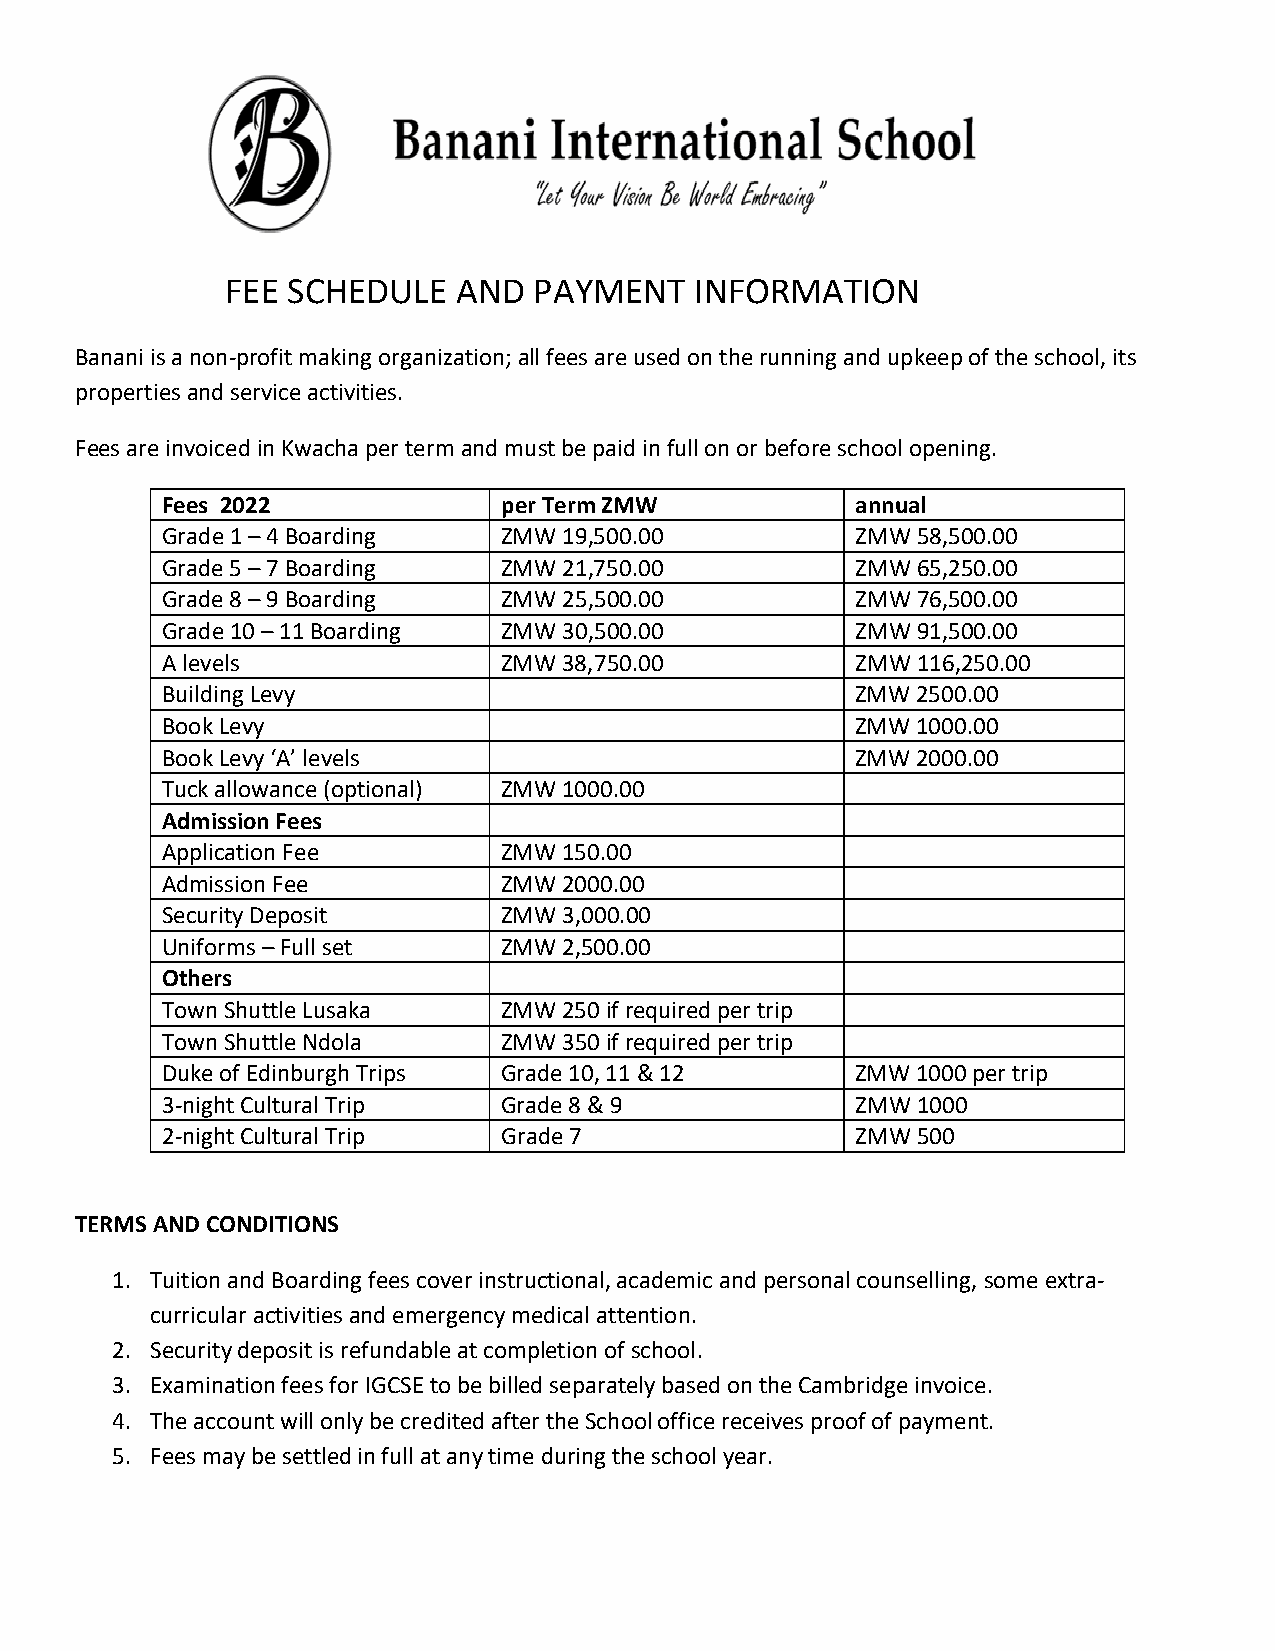
FEE SCHEDULE   AND  PAYMENT    INFORMATION
 Banani is a non-profit making organization; all fees are used on the running and upkeep of the school, its
 properties and service activities.
 Fees are invoiced in Kwacha per term and must be paid in full on or before school opening.
 Fees 2022             per Term ZMW            annual
 Grade 1 – 4 Boarding  ZMW 19,500.00           ZMW 58,500.00
 Grade 5 – 7 Boarding  ZMW 21,750.00           ZMW 65,250.00
 Grade 8 – 9 Boarding  ZMW 25,500.00           ZMW 76,500.00
 Grade 10 – 11 Boarding ZMW 30,500.00          ZMW 91,500.00
 A levels              ZMW 38,750.00           ZMW 116,250.00
 Building Levy                                 ZMW 2500.00
 Book Levy                                     ZMW 1000.00
 Book Levy ‘A’ levels                          ZMW 2000.00
 Tuck allowance (optional) ZMW 1000.00
 Admission Fees
 Application Fee       ZMW 150.00
 Admission Fee         ZMW 2000.00
 Security Deposit      ZMW 3,000.00
 Uniforms – Full set   ZMW 2,500.00
 Others
 Town Shuttle Lusaka   ZMW 250 if required per trip
 Town Shuttle Ndola    ZMW 350 if required per trip
 Duke of Edinburgh Trips Grade 10, 11 & 12     ZMW 1000 per trip
 3-night Cultural Trip Grade 8 & 9             ZMW 1000
 2-night Cultural Trip Grade 7                 ZMW 500
 TERMS AND CONDITIONS
 1. Tuition and Boarding fees cover instructional, academic and personal counselling, some extra-
 curricular activities and emergency medical attention.
 2. Security deposit is refundable at completion of school.
 3. Examination fees for IGCSE to be billed separately based on the Cambridge invoice.
 4. The account will only be credited after the School office receives proof of payment.
 5. Fees may be settled in full at any time during the school year.